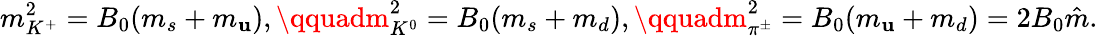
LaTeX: m_{K^{+}}^{2}=B_{0}(m_{s}+m_{\mathbf{u}}),\qquadm_{K^{0}}^{2}=B_{0}(m_{s}+m_{d}),\qquadm_{\pi^{\pm}}^{2}=B_{0}(m_{\mathbf{u}}+m_{d})=2B_{0}\hat{{m}}.